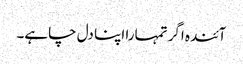
آئندہ اگر تمہارا اپنا دل چاہے۔